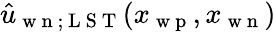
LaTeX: \hat{u}_{\mathrm{~w~n~};\mathrm{~L~S~T~}}(x_{\mathrm{~w~p~}},x_{\mathrm{~w~n~}})